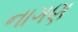
નાગણ